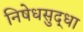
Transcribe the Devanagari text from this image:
निषेधसुद्धा